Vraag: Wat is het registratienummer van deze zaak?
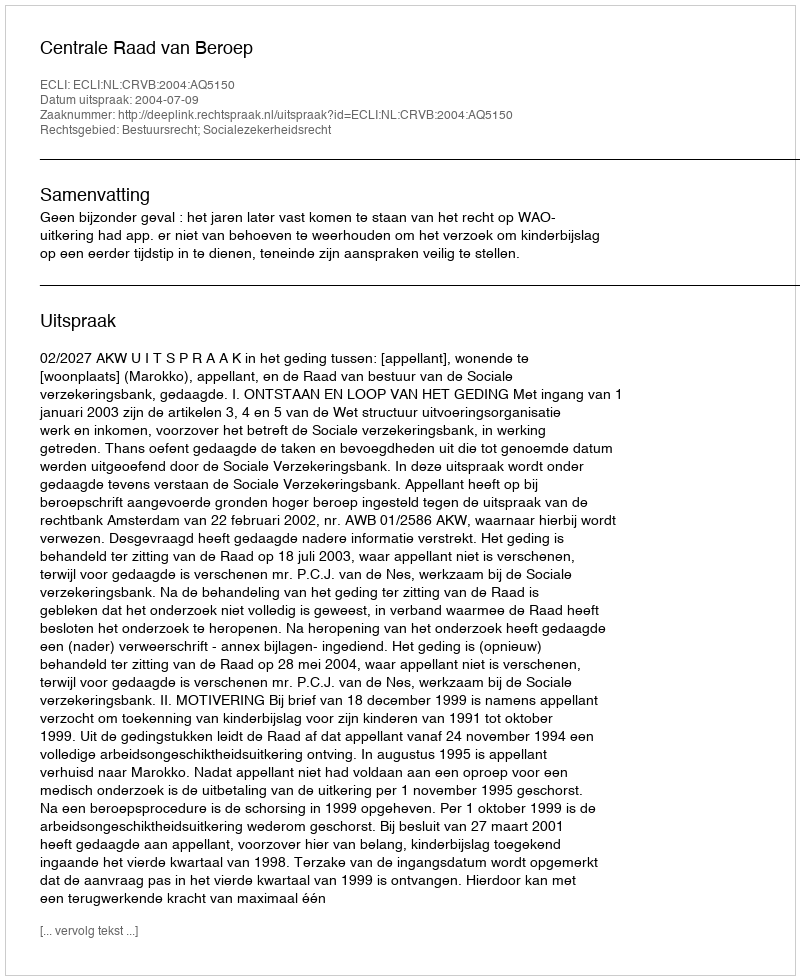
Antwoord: http://deeplink.rechtspraak.nl/uitspraak?id=ECLI:NL:CRVB:2004:AQ5150